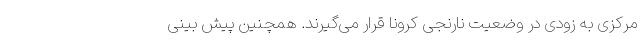
مرکزی به زودی در وضعیت نارنجی کرونا قرار می‌گیرند. همچنین پیش بینی